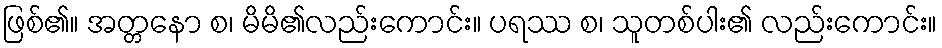
ဖြစ်၏။ အတ္တနော စ၊ မိမိ၏လည်းကောင်း။ ပရဿ စ၊ သူတစ်ပါး၏ လည်းကောင်း။